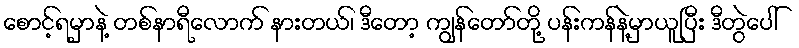
စောင့်ရမှာနဲ့ တစ်နာရီလောက် နားတယ်၊ ဒီတော့ ကျွန်တော်တို့ ပန်းကန်နဲ့မှာယူပြီး ဒီတွဲပေါ်